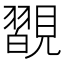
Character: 𧢇